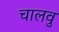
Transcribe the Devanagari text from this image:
चालवु